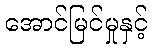
အောင်မြင်မှုနှင့်